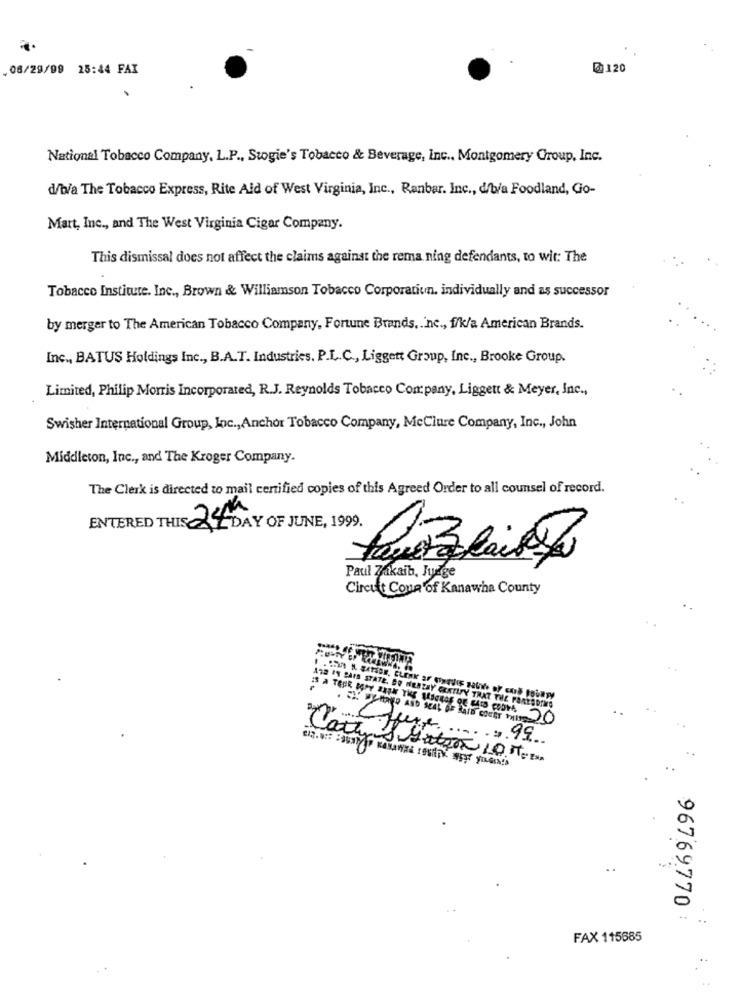
08/29/99 25:44 FAX
@120
National Tobacco Company, L.P ., Stogie's Tobacco & Beverage, Inc .. Montgomery Group, Inc.
d/b/a The Tobacco Express, Rite Aid of West Virginia, Inc ., Ranbar. Inc ., dfb/a Foodland, Go-
Mart, Inc ., and The West Virginia Cigar Company.
This dismissal does not affect the claims against the rema ning defendants, to wit: The
Tobacco Institute. Inc ., Brown & Williamson Tobacco Corporatiun. individually and as successor
by merger to The American Tobacco Company, Fortune Brands, inc ., f/k/a American Brands.
Inc ., BATUS Holdings Inc ., B.A.T. Industries. P.L.C ., Liggett Group, Inc ., Brooke Group.
Limited, Philip Morris Incorporated, R.J. Reynolds Tobacco Company, Liggett & Meyer, Inc .,
Swisher International Group, Inc ., Anchor Tobacco Company, MeClure Company, Inc ., John
Middleton, Inc ., and The Kroger Company.
The Clerk is directed to mail certified copies of this Agreed Order to all counsel of record.
ENTERED THIS 24th
ALDAY OF JUNE, 1999.
Paul Zakaib, Judge
Circuit Cous of Kanawha County
A72 IS SAIS STATE. SO HENZAY CERTIFY TRAT THE FAREADING
Catt f
Cure ...... 99
. .
96769770
..
FAX 115685